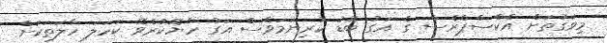
މިވަގުތަށް އެކްސްޕްރެސް ގެ އަގު ބޮޑު ކުރިނަމަވެސް އަގު ހެޔޮކުރެވޭ ކަހަލަ ހާލަތަކަށް